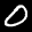
Label: 0